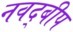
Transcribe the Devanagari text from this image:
नवद्बीप